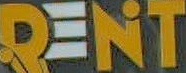
RENT